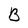
Character: B